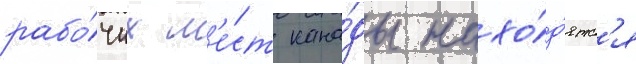
рабо́чих м'е́ст кана́ды нахо́д'ятс'я